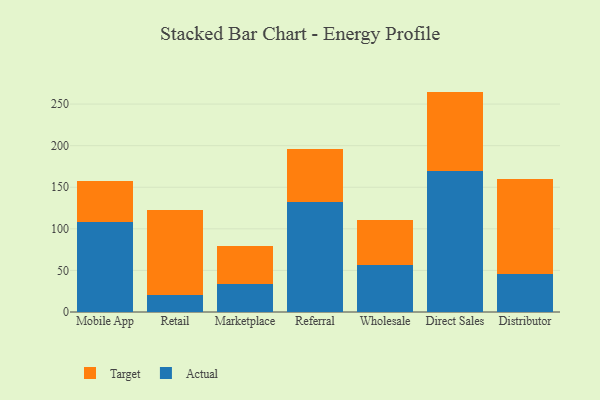
{"axis": {"x": "Channel", "y": "Churn Rate (%)"}, "legend": ["Actual", "Target"], "data": [{"x": "Mobile App", "y": 108.6, "type": "Actual"}, {"x": "Mobile App", "y": 48.9, "type": "Target"}, {"x": "Retail", "y": 20.4, "type": "Actual"}, {"x": "Retail", "y": 102.5, "type": "Target"}, {"x": "Marketplace", "y": 34.2, "type": "Actual"}, {"x": "Marketplace", "y": 44.7, "type": "Target"}, {"x": "Referral", "y": 132.5, "type": "Actual"}, {"x": "Referral", "y": 63.4, "type": "Target"}, {"x": "Wholesale", "y": 57.1, "type": "Actual"}, {"x": "Wholesale", "y": 54.1, "type": "Target"}, {"x": "Direct Sales", "y": 169.3, "type": "Actual"}, {"x": "Direct Sales", "y": 95.7, "type": "Target"}, {"x": "Distributor", "y": 46.2, "type": "Actual"}, {"x": "Distributor", "y": 113.2, "type": "Target"}]}